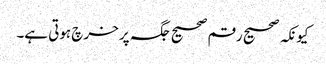
کیونکہ صحیح رقم صحیح جگہ پر خرچ ہوتی ہے۔